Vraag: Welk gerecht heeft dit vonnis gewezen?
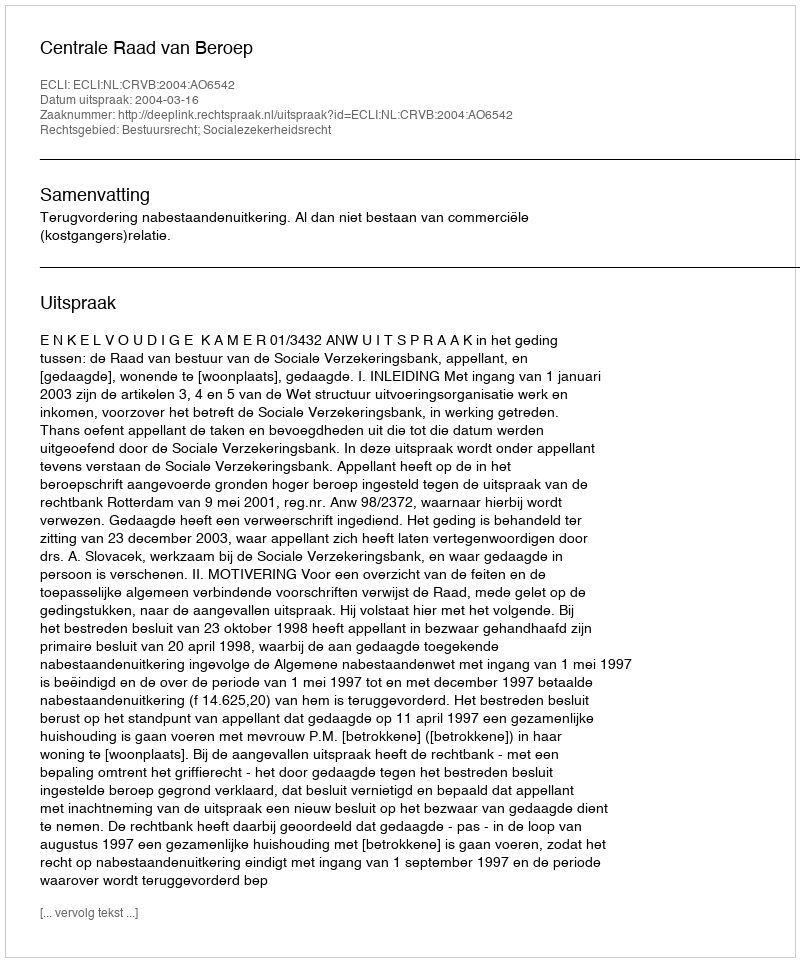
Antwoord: Centrale Raad van Beroep